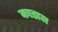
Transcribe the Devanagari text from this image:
काडाल